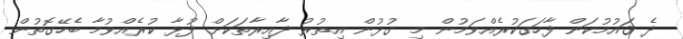
ދެ ޤައުމުކަން ފާހަގަކުރެއްވަމުން މި ގުޅުން އިތުރު ދާއިރާތަކަށް ފުޅާ ކުރެއްވުމާ ބެހޭގޮތުން